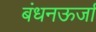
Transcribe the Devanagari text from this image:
बंधनऊर्जा